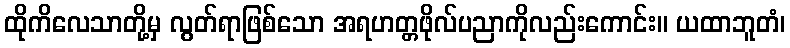
ထိုကိလေသာတို့မှ လွတ်ရာဖြစ်သော အရဟတ္တဖိုလ်ပညာကိုလည်းကောင်း။ ယထာဘူတံ၊